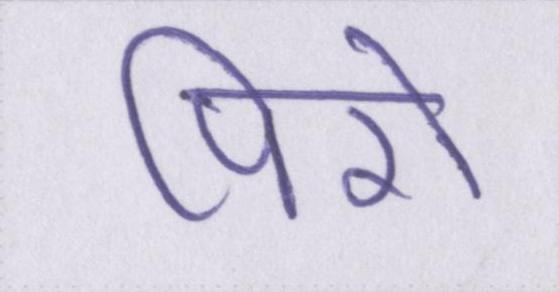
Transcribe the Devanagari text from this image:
पिरो